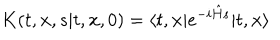
K ( t , { \bf x } , s \vert t , { \bf x } , 0 ) = \langle t , { \bf x } \vert e ^ { - i { \hat { H } } s } \vert t , { \bf x } \rangle